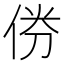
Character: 𠉅